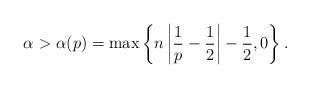
LaTeX: \begin{align*}\alpha> \alpha(p)=\max \left\{ n \left|{1\over p}-{1\over 2} \right|-{1\over 2}, 0 \right\}.\end{align*}